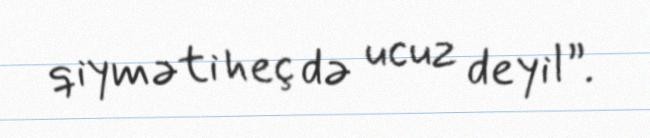
qiyməti heç də ucuz deyil”.